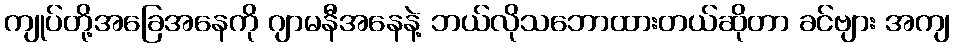
ကျုပ်တို့အခြေအနေကို ဂျာမနီအနေနဲ့ ဘယ်လိုသဘောထားတယ်ဆိုတာ ခင်ဗျား အကျ